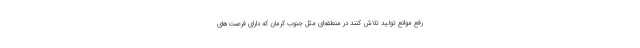
رفع موانع تولید تلاش کنند در منطقه‌ای مثل جنوب کرمان که دارای فرصت‌های